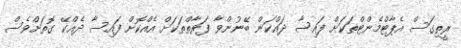
ރީތިގަސް އެޕާޓްމެންޓްތަކަށް ފައިސާ ދައްކަން ބޭނުންވާ ފަރާތްތަކަށް އެއްކޮށް ފައިސާ ދެއްކޭ ގޮތަށްވެސް